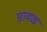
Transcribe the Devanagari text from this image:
सावळ